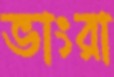
ভাংরা